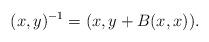
LaTeX: \begin{align*}(x,y)^{-1}=(x,y+B(x,x)).\end{align*}